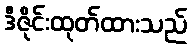
ဒီဇိုင်းထုတ်ထားသည်